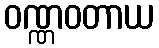
ဝဏ္ဏဝတာယ